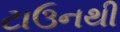
ટાઉનથી